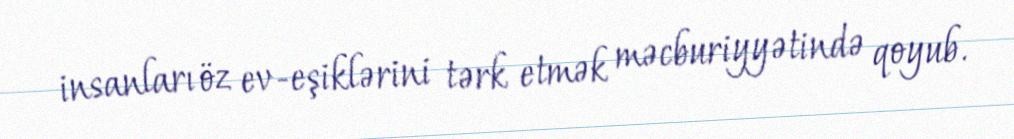
insanları öz ev-eşiklərini tərk etmək məcburiyyətində qoyub.